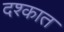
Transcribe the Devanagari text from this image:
दश्कात